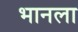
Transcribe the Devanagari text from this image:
भानला